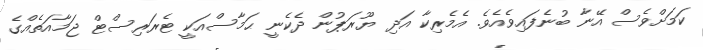
ކަމަށްވެސް އޭނާ ބުނެފައިވެއެވެ. އެމެރިކާ އަދި ޔޫރަޕުން ދެކެނީ ޙަމާސްއަކީ ޓެރަރިސްޓް ޖަމާއަތެއްގެ